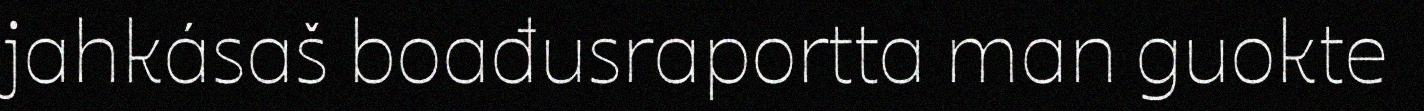
jahkásaš boađusraportta man guokte